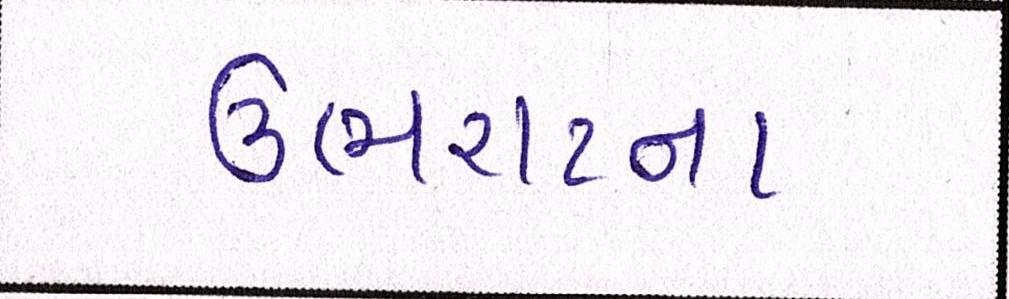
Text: ઉભરાટના